Vaccination Hyderabad 1890-1903 - 1890-1903
Year: 1890
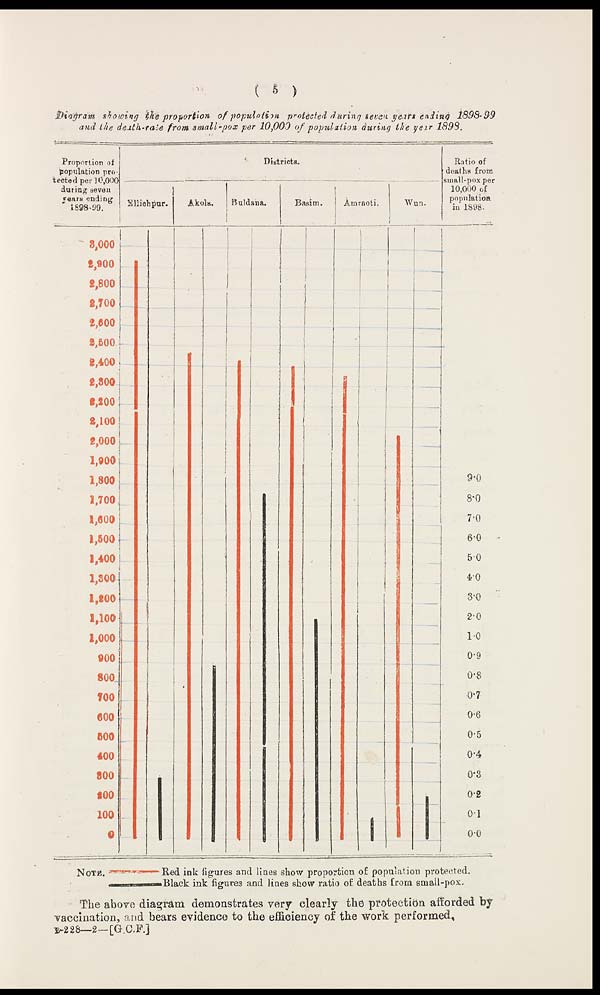
(
5
)
Diagram showing the proportion of population
protected during seven years ending
1898-99
and the death-rate from small-pox per 10,000 of population during the year 1898.
The above diagram demonstrates very clearly the protection afforded by
vaccination, and bears evidence to the efficiency of the work performed,
B-228—2—[G.C.F.]